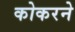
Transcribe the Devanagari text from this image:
कोकरने